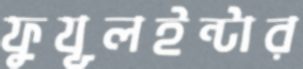
ফুযূলইন্টার